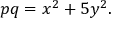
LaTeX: p q = x ^ { 2 } + 5 y ^ { 2 } .